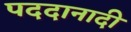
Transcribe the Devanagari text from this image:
पददानादी